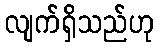
လျက်ရှိသည်ဟု